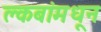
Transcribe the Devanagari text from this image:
क्लबांमधून